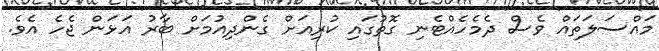
މައްސަލަތައް ވެސް ދެމެހެއްޓެނި ގޮތުގައި ކުރިއަށް ގެންދިއުމަށް ބާރު އަޅަން ޖެހެ އެވެ.